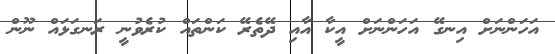
އަހަންނަށް އިނގޭ އަހަންނަށް އީކާ އާއި ދޭތެރޭ ކަންތައް ކުރެވުނީ ރަނގަޅައް ނޫން